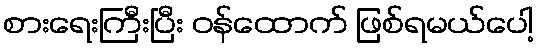
စားရေးကြီးပြီး ဝန်ထောက် ဖြစ်ရမယ်ပေါ့